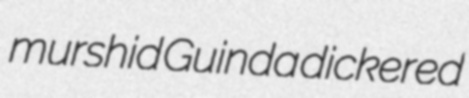
murshid Guinda dickered